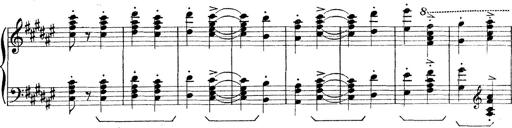
Title: Rapsodie: 19 ungheresi, 1 spagnuola
Composer: Franz Liszt